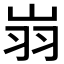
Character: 𦏿